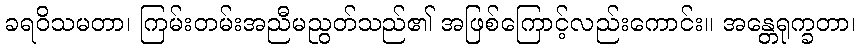
ခရဝိသမတာ၊ ကြမ်းတမ်းအညီမညွတ်သည်၏ အဖြစ်ကြောင့်လည်းကောင်း။ အန္တေရုက္ခတာ၊